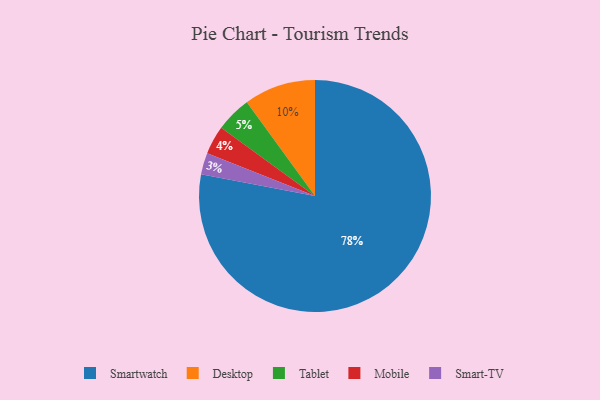
{"axis": {"x": "Category", "y": "Percentage"}, "legend": ["Desktop", "Mobile", "Smart-TV", "Smartwatch", "Tablet"], "data": [{"x": "Smart-TV", "y": 3, "type": "Smart-TV"}, {"x": "Tablet", "y": 5, "type": "Tablet"}, {"x": "Mobile", "y": 4, "type": "Mobile"}, {"x": "Smartwatch", "y": 78, "type": "Smartwatch"}, {"x": "Desktop", "y": 10, "type": "Desktop"}]}